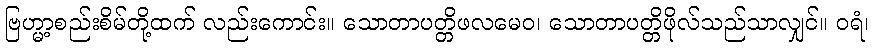
ဗြဟ္မာ့စည်းစိမ်တို့ထက် လည်းကောင်း။ သောတာပတ္တိဖလမေဝ၊ သောတာပတ္တိဖိုလ်သည်သာလျှင်။ ဝရံ၊